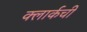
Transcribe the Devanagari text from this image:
क्‍लार्कची